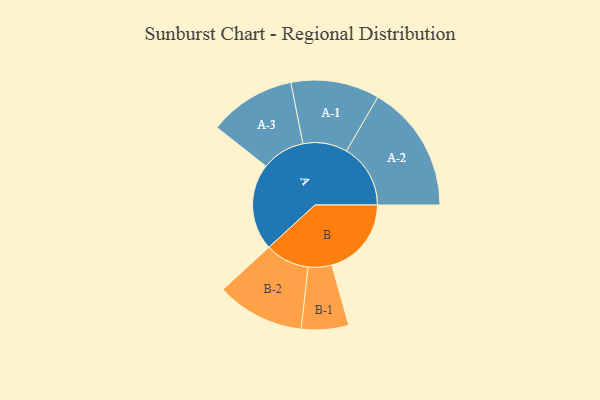
{"axis": {"x": "Segment", "y": "Value"}, "legend": ["", "A", "B"], "data": [{"x": "A", "y": 385, "type": ""}, {"x": "B", "y": 354, "type": ""}, {"x": "A-1", "y": 197, "type": "A"}, {"x": "A-2", "y": 285, "type": "A"}, {"x": "A-3", "y": 193, "type": "A"}, {"x": "B-1", "y": 105, "type": "B"}, {"x": "B-2", "y": 196, "type": "B"}]}